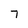
Character: 7